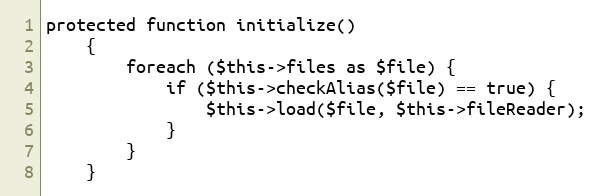
Language: PHP
protected function initialize()
    {
        foreach ($this->files as $file) {
            if ($this->checkAlias($file) == true) {
                $this->load($file, $this->fileReader);
            }
        }
    }